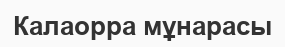
Калаорра мұнарасы